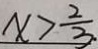
x > \frac { 2 } { 3 }